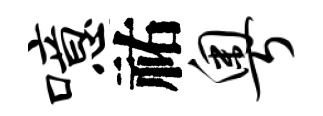
噫祐粤